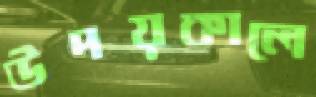
উদয়কালে